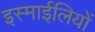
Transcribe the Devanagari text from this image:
इस्माईलियों